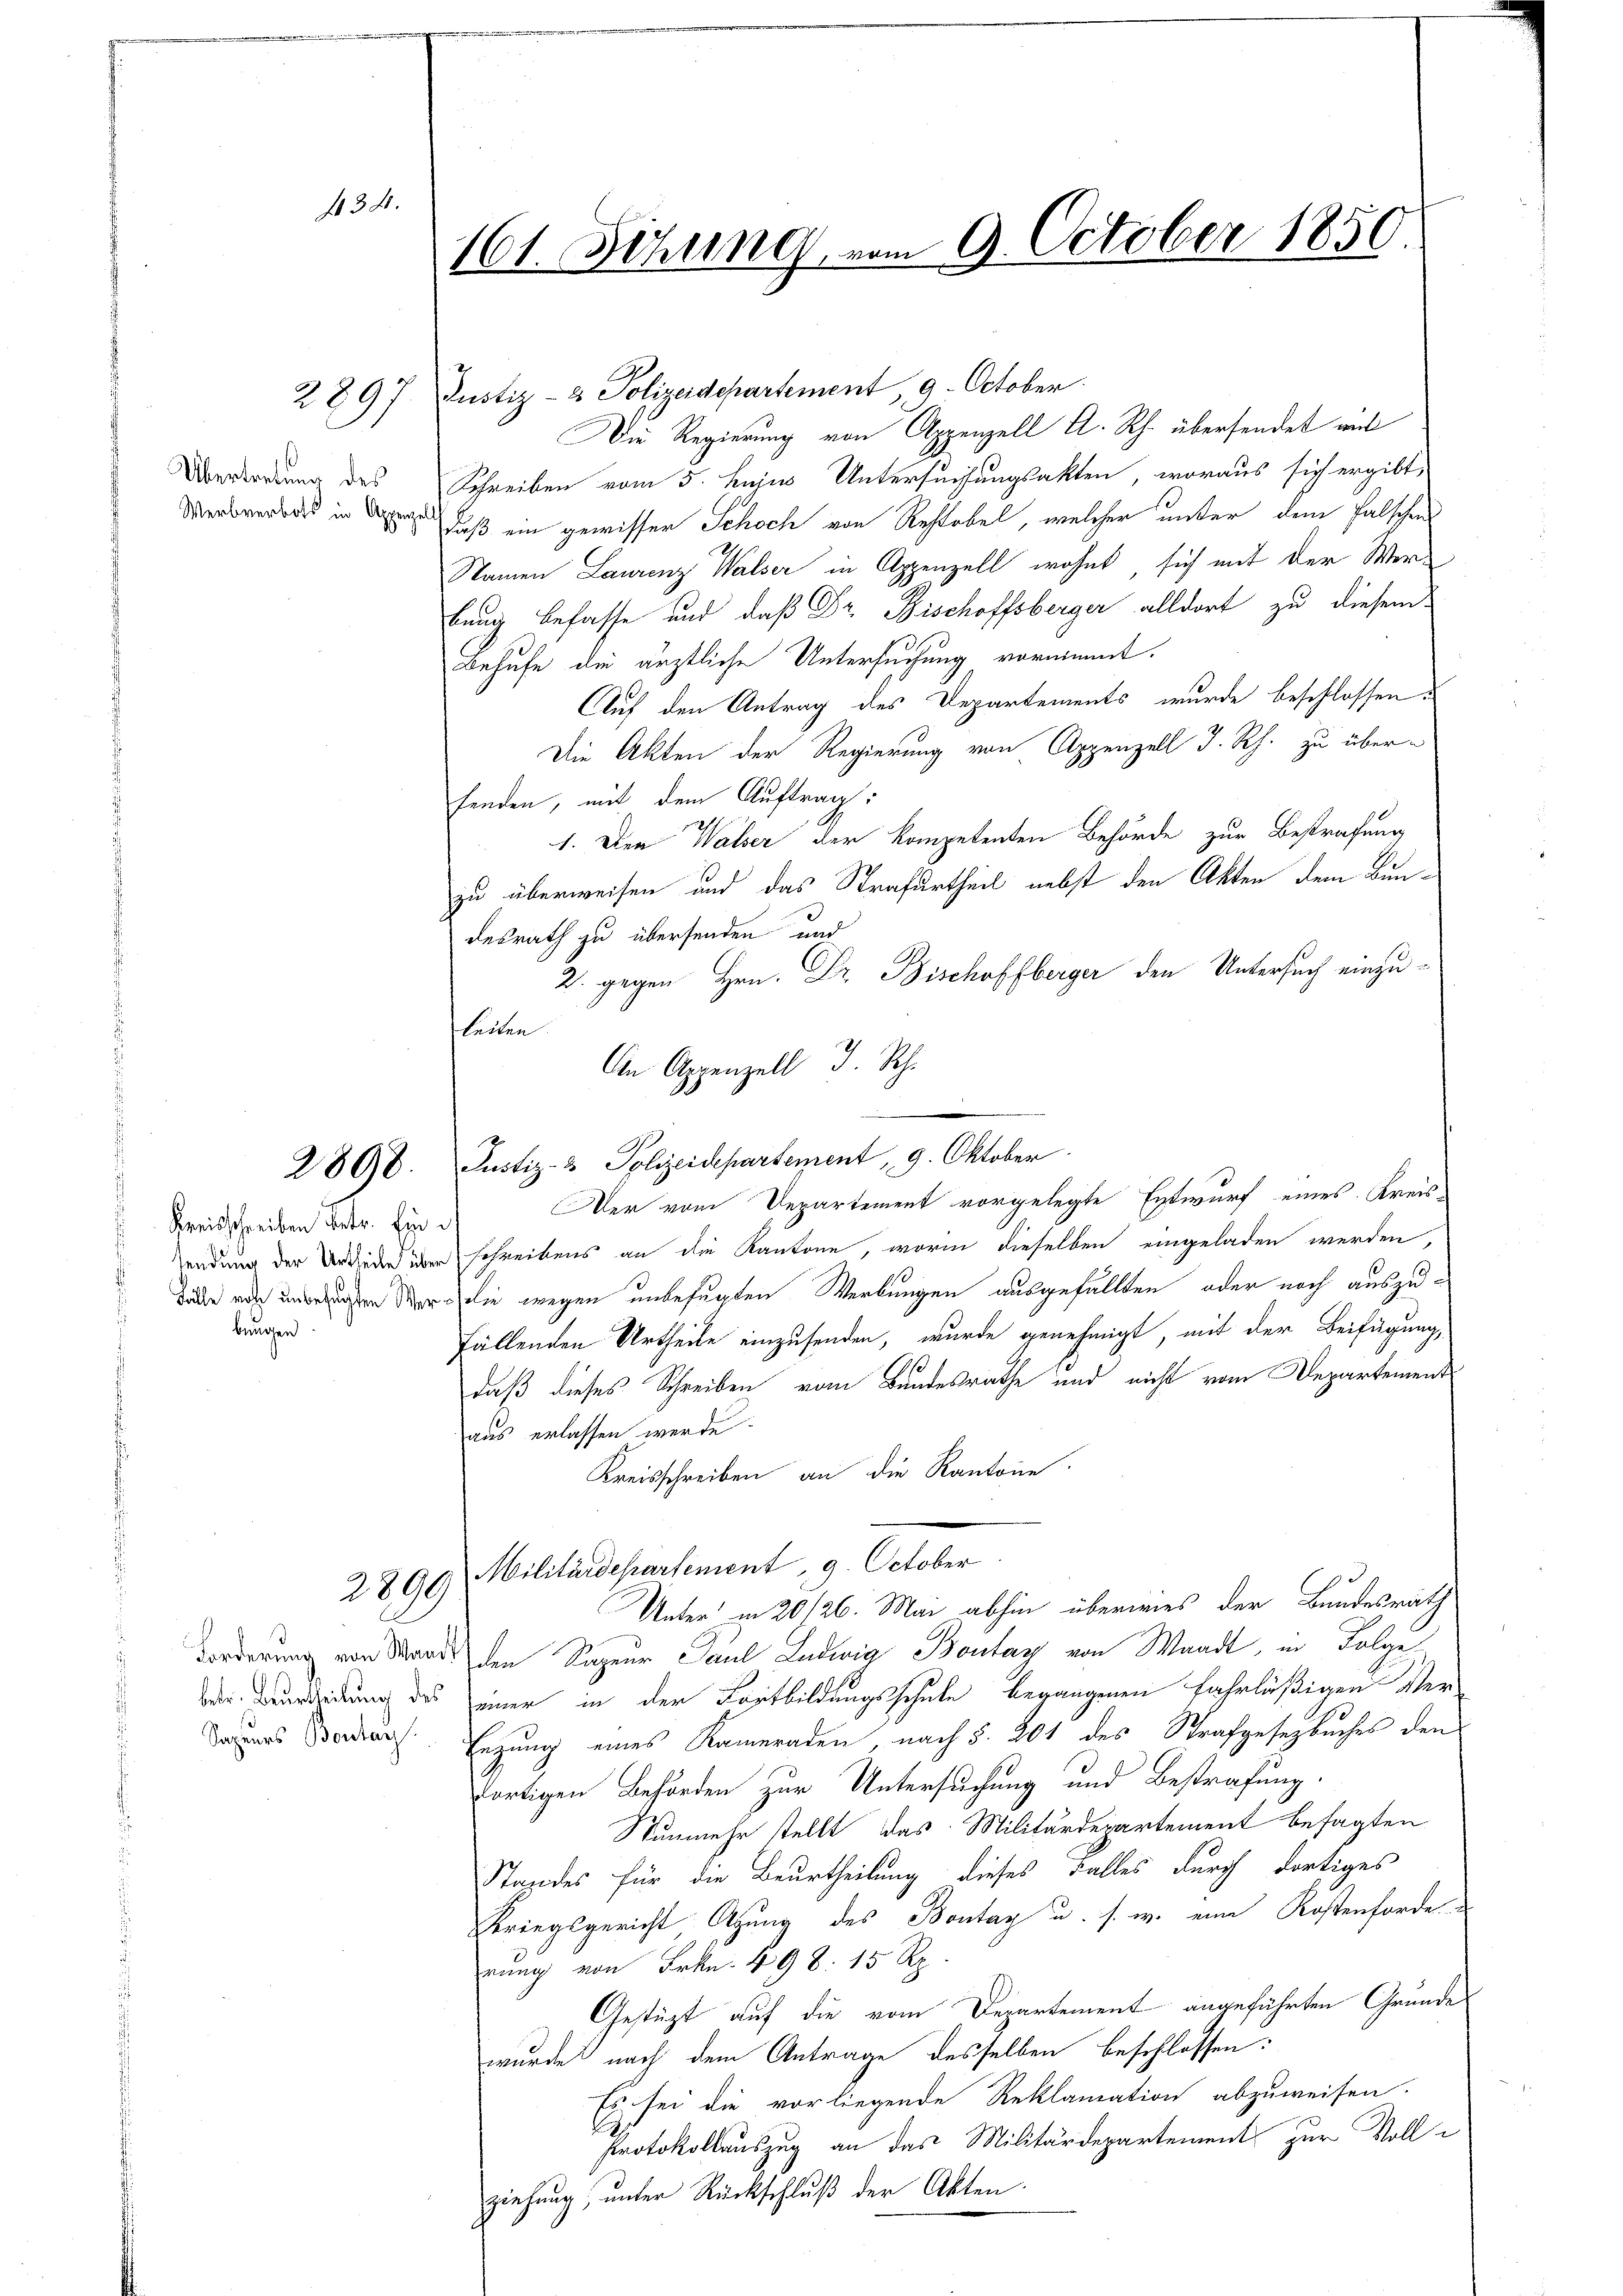
13

Übertretung des
Werbverbots in Appenzel

2897

2898.

Kreisschreiben betr. Einbungen.

2899

Sapeurs Bontag.

161. Sitzung, vom 9. October 1850

Justiz- & Polizeidepartement 9. October.
Die Regierung von Appenzell A. Rh. übersendet mit
Schreiben vom 5. hujus Untersuchungsakten, woraus sich ergibt,
daß ein gewisser Schoch von Restobel, welcher unter dem Falschens
Namen Laurenz Walser in Appenzell wohnt sich mit der Werbung befasse und daß Dr. Bischoffsberger alldort zu diesem
Behufe die ärztliche Untersuchung vornimmt.
Auf den Antrag des Departements wurde beschlossen:
Die Akten der Regierung von Appenzell I. Rh. zu überfenden, mit dem Auftrag:
1. Der Walser der kompetenten Behörde zur Bestrafung
zu überweisen und das Strafurtheil nebst den Akten dem Bundesrath zu übersenden und
2. gegen Hrn. Dr. Bischoffberger den Untersuch einzu¬
An Appenzell I. Rh.
Justiz- & Polizeidepartement 9. Oktober.
Der vom Departement vorgelegte Entwurf eines Kreis
endung der Archieden über schreibens an die Kantone, worin dieselben eingeladen werden,
den wegen unbefugten Werbungen ausgefällten, oder noch auszufällenden Urtheile einzusenden, wurde genehmigt, mit der Beifügung,
daß dieses Schreiben vom Bundesrathe und nicht vom Departement
aus erlassen werde
Kreisschreiben an die Kantone.
Militärdepartement, 9. October
Unter in 20/26. Mai abhin überwies der Bundesrath
dordnung von Stand den Sapeur Paul Ludwig Bontag von Waadt, in Folge
Die Beurteidung des einer in der Fortbildungsschule begangenen Fahrläßigen Ver-
Enzung eines Kameraden nach §. 201 des Strafgesetzbuches den
fortigen Behörden zur Untersuchung und Bestrafung.
Nunmehr stellt das Militärdepartement besagten
Standes für die Beurtheilung dieses Falles durch dortiges
Kriegsgericht Sitzung des Bontag u. s. w. eine Kostenforde
rung von Frkn. 498. 15 Rp.
Gestüzt auf die vom Departement angeführten Grunde
wurde nach dem Antrage desselben beschlossen:
Es sei die vorliegende Reklamation abzuweisen.
Protokollauszug an das Militärdepartement zur Vollziehung, unter Rückschluß der Akten.

leiten